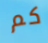
كم